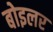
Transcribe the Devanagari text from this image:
बोइलर